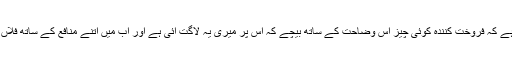
مُرابَحة: مرابحہ سے مراد ہے کہ فروخت کنندہ کوئی چیز اس وضاحت کے ساتھ بیچے کہ اس پر میری یہ لاگت آئی ہے اور اب میں اتنے منافع کے ساتھ فلاں قیمت پر آپ کو بیچتا ہوں ۔